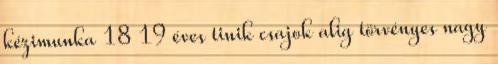
kézimunka 18 19 éves tinik csajok alig törvényes nagy